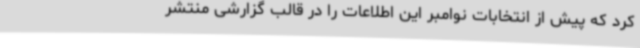
کرد که پیش از انتخابات نوامبر این اطلاعات را در قالب گزارشی منتشر